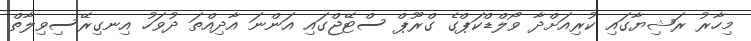
މިހާރު ރަޝިޔާގައި ކުރިއަށްދާ ވޯލްޑްކަޕްގެ ގްރޫޕް ސްޓޭޖްގައި އަންނަ އާދިއްތަ ދުވަހު އިނގިރޭސިވިލާތް